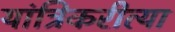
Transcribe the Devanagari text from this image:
यांत्रिकरीत्या